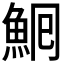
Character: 𩶠